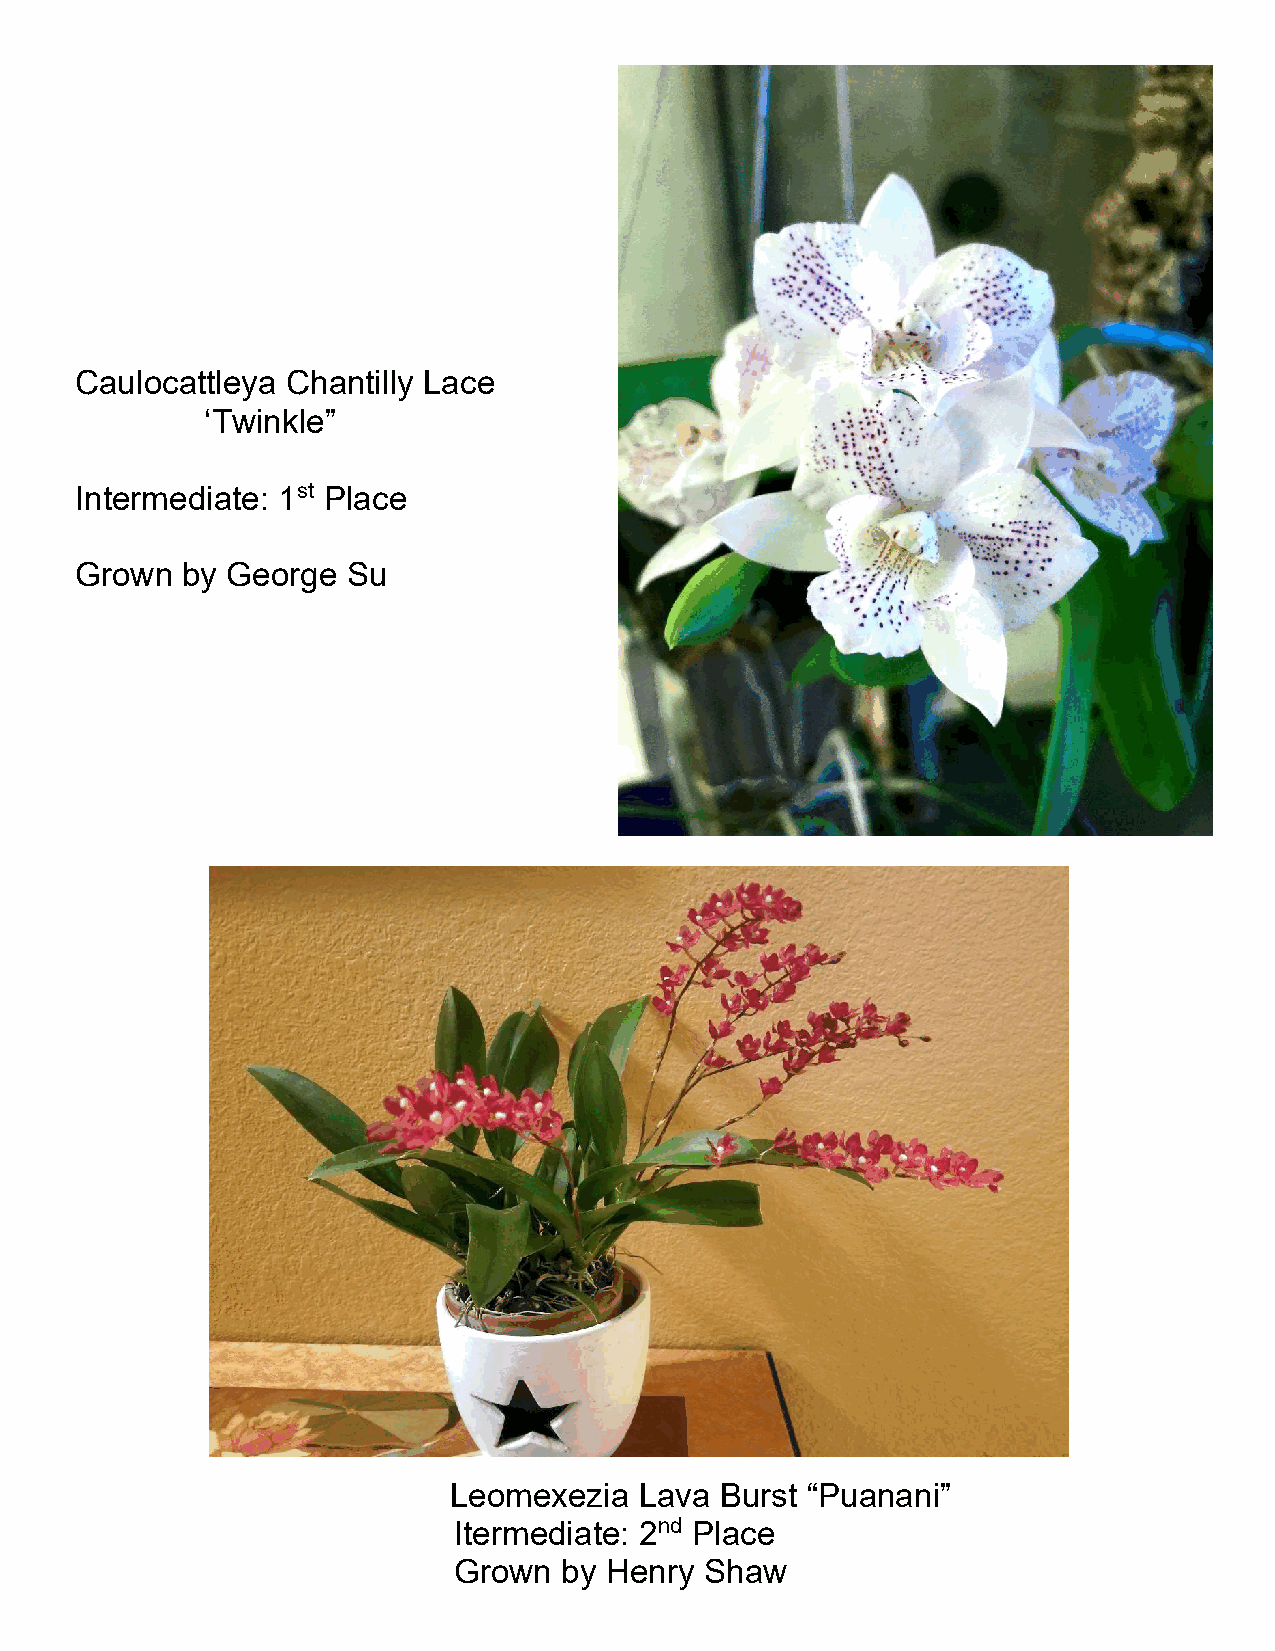
Caulocattleya Chantilly Lace
 ‘Twinkle”
 Intermediate: 1st Place
 Grown  by George  Su
 Leomexezia  Lava  Burst “Puanani”
 Itermediate: 2nd Place
 Grown  by Henry  Shaw